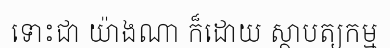
ទោះជា យ៉ាងណា ក៏ដោយ ស្ថាបត្យកម្ម